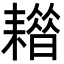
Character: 𦔡